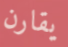
يقارن